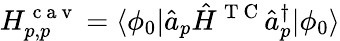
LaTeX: H_{p,p}^{\mathrm{~c~a~v~}}=\langle\phi_{0}|\hat{a}_{p}\hat{H}^{\mathrm{~T~C~}}\hat{a}_{p}^{\dagger}|\phi_{0}\rangle